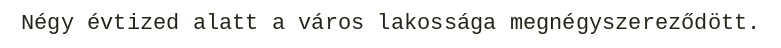
Négy évtized alatt a város lakossága megnégyszereződött.